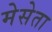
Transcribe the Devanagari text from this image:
मेसेता